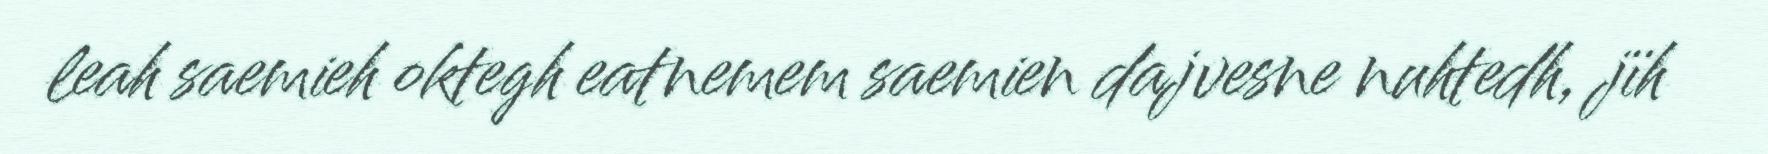
leah saemieh oktegh eatnemem saemien dajvesne nuhtedh, jïh